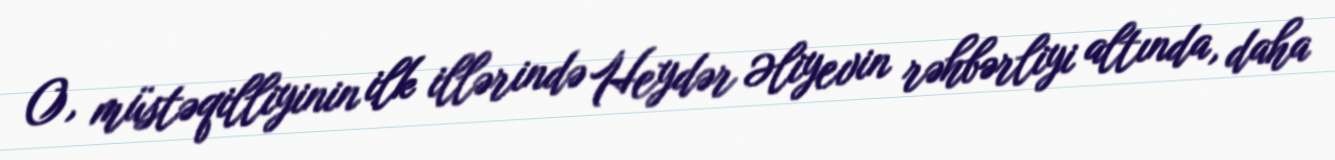
O, müstəqilliyinin ilk illərində Heydər Əliyevin rəhbərliyi altında, daha